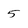
Character: 5